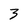
Character: 3